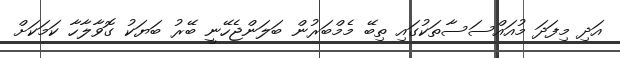
އަދި މިފަދަ މުއައްސަސާތަކުގައި ތިބޭ މެމްބަރުން ބަލަންޖެހޭނީ ބޭރު ބަޔަކު ގޮވާލާހާ ކަމަކަށް